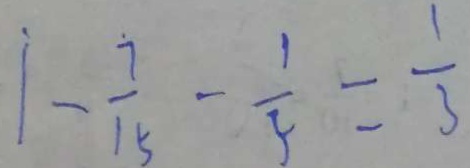
\dot { 1 } - \frac { \dot { 7 } } { 1 5 } - \frac { 1 } { 5 } = \frac { 1 } { 3 }